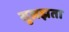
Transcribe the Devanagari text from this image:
सुलझता